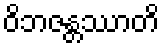
ဝိဘဇန္တဿာတိ